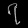
Digit: ၇